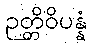
ဉတ္တိဝိပန္နံ